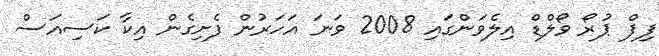
ފިފް ޕުރޯ ވޯލްޑް އިލެވަންގައި 2008 ވަނަ އަހަރުން ފެށިގެން އިކާ ކަސިއަސް